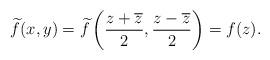
LaTeX: \begin{align*} \widetilde{f}(x,y) = \widetilde{f} \left( \frac{z+\overline{z}}{2}, \frac{z-\overline{z}}{2} \right) = f(z).\end{align*}